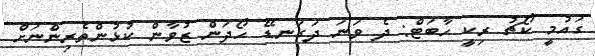
ގައުމީ ކޯޗު ރިކީ ހާބަޓް: ދެ ވަނަ ދަގަނޑޭ ހޯދަން ޒުވާން ކުޅުންތެރިންނަށް